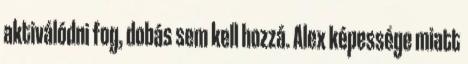
aktiválódni fog, dobás sem kell hozzá. Alex képessége miatt